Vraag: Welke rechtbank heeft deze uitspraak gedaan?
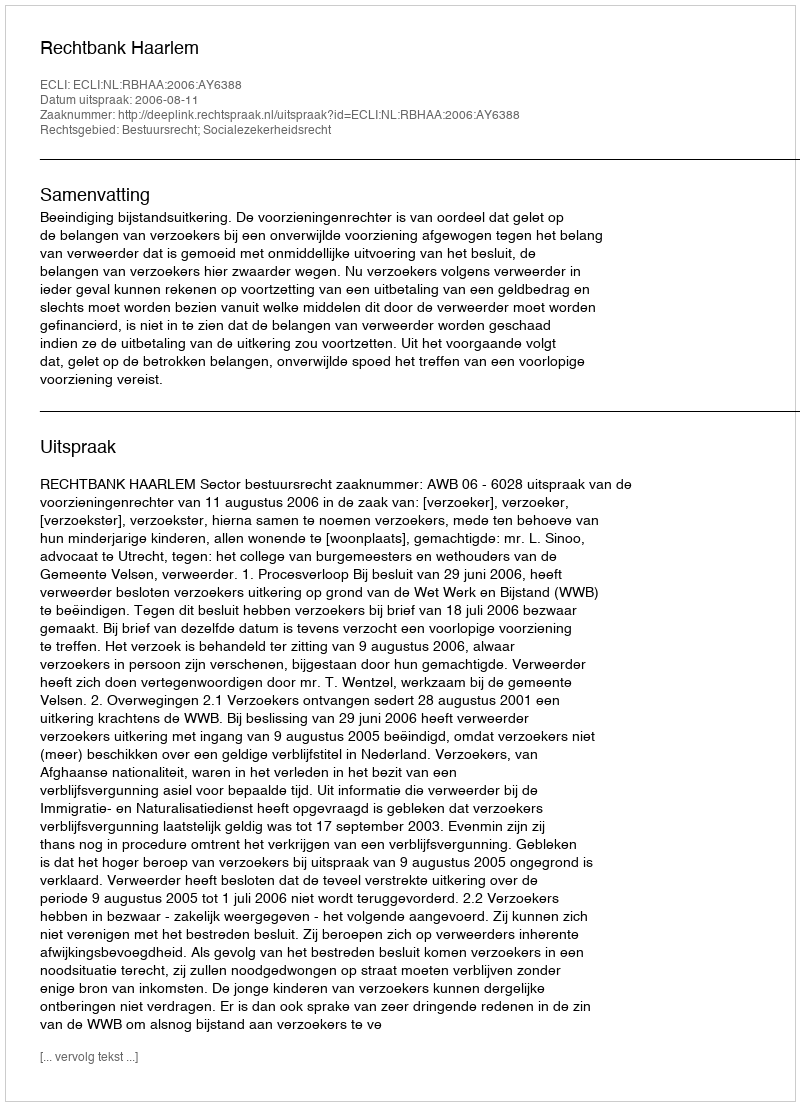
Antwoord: Rechtbank Haarlem